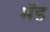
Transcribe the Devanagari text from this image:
मॅड